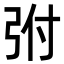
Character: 弣